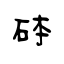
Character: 砵